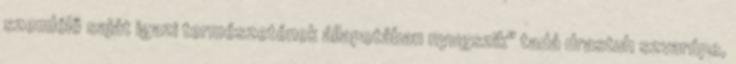
szemlélő saját igazi természetének állapotában nyugszik" tadá drastuh szvarúpe,